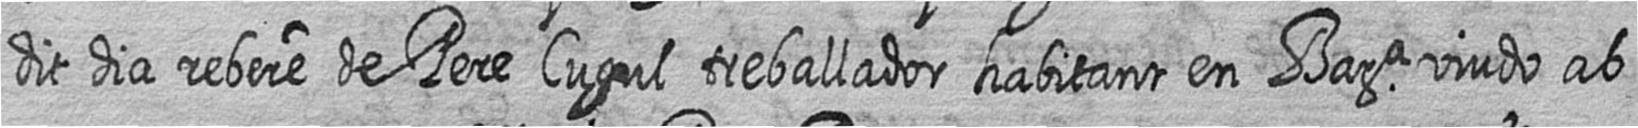
dit dia rebere de Pere Cugul treballador habitant en Bara viudo ab